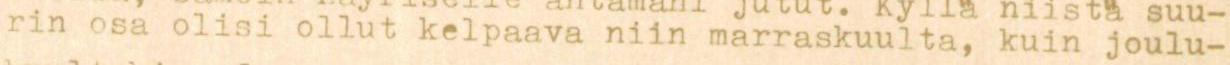
rin osa olisi ollut kelpaava niin marraskuulta, kuin joulu-